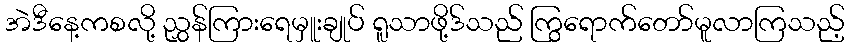
အဲဒီနေ့ကစလို့ ညွှန်ကြားရေမှူးချုပ် ရူသာဖို့ဒ်သည် ကြွရောက်တော်မူလာကြသည့်